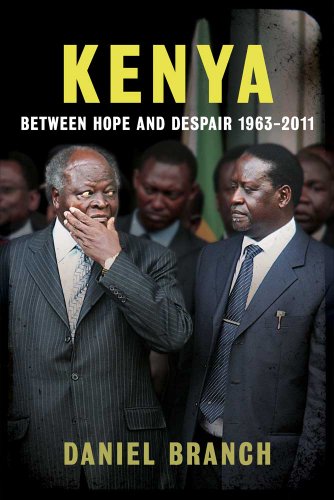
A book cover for Kenya: Between Hope and Despair, 1963-2012; Daniel Branch; History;